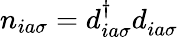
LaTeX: n_{ia\sigma}=d_{ia\sigma}^{\dagger}d_{ia\sigma}^{}